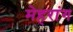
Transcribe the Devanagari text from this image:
मेहरांग